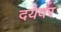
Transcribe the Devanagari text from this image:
दयेवर